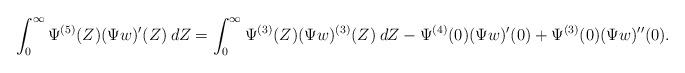
LaTeX: \begin{align*}\int_0^\infty \Psi^{(5)}(Z) (\Psi w)'(Z)\:dZ= \int_0^\infty \Psi^{(3)}(Z) (\Psi w)^{(3)}(Z)\:dZ - \Psi^{(4)}(0) (\Psi w)'(0) + \Psi^{(3)}(0) (\Psi w)''(0).\end{align*}